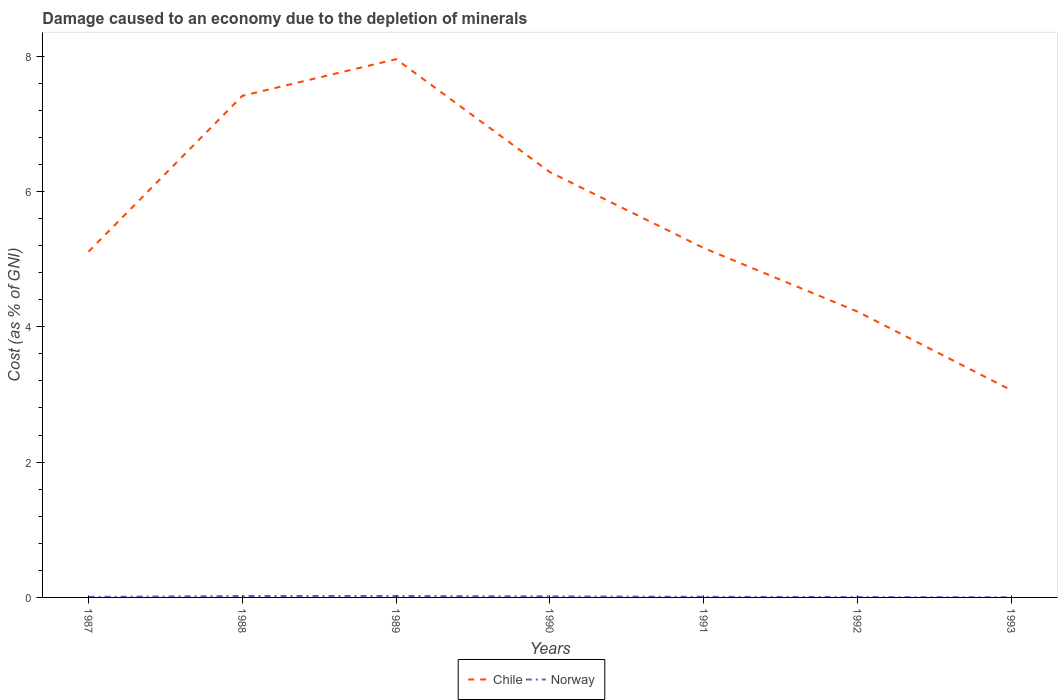
| Years | Chile | Norway |
 | --- | --- | --- |
 | 1987 | 5.11 | 0.00759 |
 | 1988 | 7.41 | 0.0211 |
 | 1989 | 7.96 | 0.0215 |
 | 1990 | 6.29 | 0.0156 |
 | 1991 | 5.16 | 0.0092 |
 | 1992 | 4.22 | 0.0051 |
 | 1993 | 3.06 | 0.0021 |